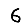
Digit: 6